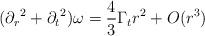
LaTeX: \begin{align*}({\partial_r}^2 + {\partial_t}^2)\omega = \frac {4}{3} \Gamma_t r^2 +O(r^3)\end{align*}